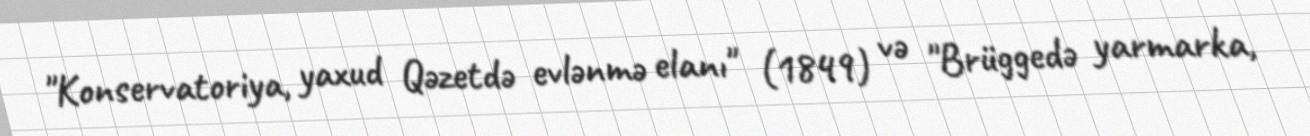
"Konservatoriya, yaxud Qəzetdə evlənmə elanı" (1849) və "Brüggedə yarmarka,